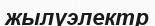
жылуэлектр